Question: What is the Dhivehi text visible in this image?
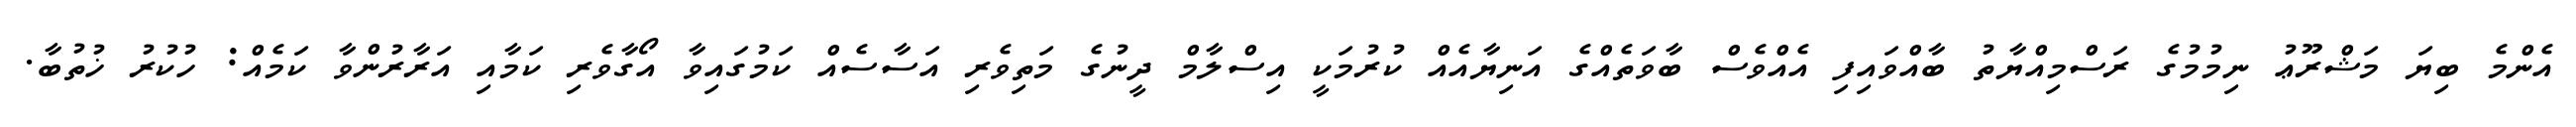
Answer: އެންމެ ބިޔަ މަޝްރޫޢު ނިމުމުގެ ރަސްމިއްޔާތު ބާއްވައިފި އެއްވެސް ބާވަތެއްގެ އަނިޔާއެއް ކުރުމަކީ އިސްލާމް ދީނުގެ މަތިވެރި އަސާސެއް ކަމުގައިވާ އޯގާވެރި ކަމާއި އަރާރުންވާ ކަމެއް: ހުކުރު ޚުތުބާ.